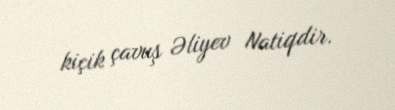
kiçik çavuş Əliyev Natiqdir.